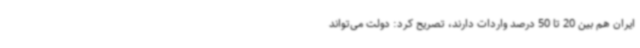
ایران هم بین 20 تا 50 درصد واردات دارند، تصریح کرد: دولت می‌تواند